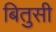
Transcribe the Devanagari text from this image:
बितुसी